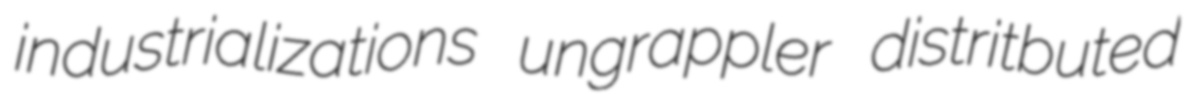
industrializations ungrappler distritbuted